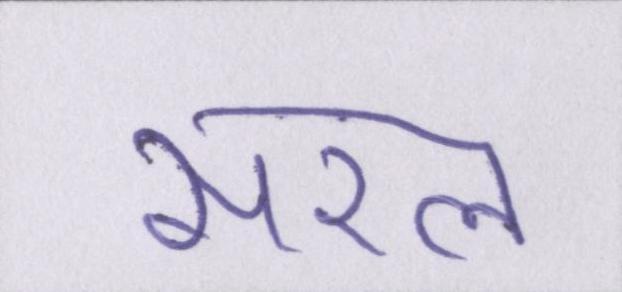
सरल